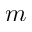
m